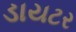
ડાયટર